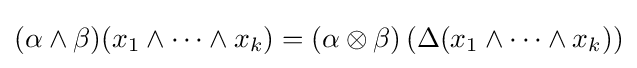
(\alpha \wedge \beta )(x_{1}\wedge \cdots \wedge x_{k})=(\alpha \otimes \beta )\left(\Delta (x_{1}\wedge \cdots \wedge x_{k})\right)